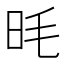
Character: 𪰌